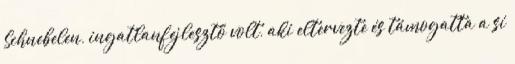
Schnebelen, ingatlanfejlesztő volt, aki eltervezte és támogatta a sí